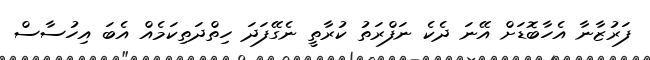
ފަރުޒާނާ އެހާބޮޑަށް އޭނަ ދެކެ ނަފްރަތު ކުރާތީ ނެގޭފަދަ ހިތްދަތިކަމެއް އެބަ އިހުސާސް